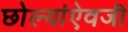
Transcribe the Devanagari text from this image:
छोल्यांऐवजी